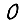
Digit: 0